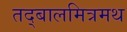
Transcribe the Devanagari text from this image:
तद्बालमित्रमथ